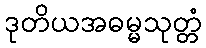
ဒုတိယအဓမ္မသုတ္တံ